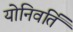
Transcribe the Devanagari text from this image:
योनिवर्ति